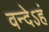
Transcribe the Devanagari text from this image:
वन्देऽहं